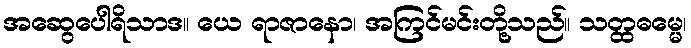
အဆွေပေါရိသာဒ။ ယေ ရာဇာနော၊ အကြင်မင်းတို့သည်။ သတ္ထဓမ္မေ၊